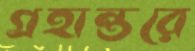
গ্রহান্তরে